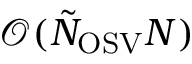
\mathcal { O } ( \tilde { N } _ { \mathrm { O S V } } N )